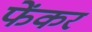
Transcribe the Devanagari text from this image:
फेंकर